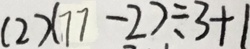
( 2 ) ( 7 7 - 2 ) \div 3 + 1